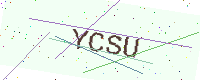
Text: YCSU